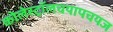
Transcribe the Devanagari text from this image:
कोलेस्ट्रॉलचयापचयज